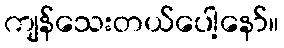
ကျန်သေးတယ်ပေါ့နော်။